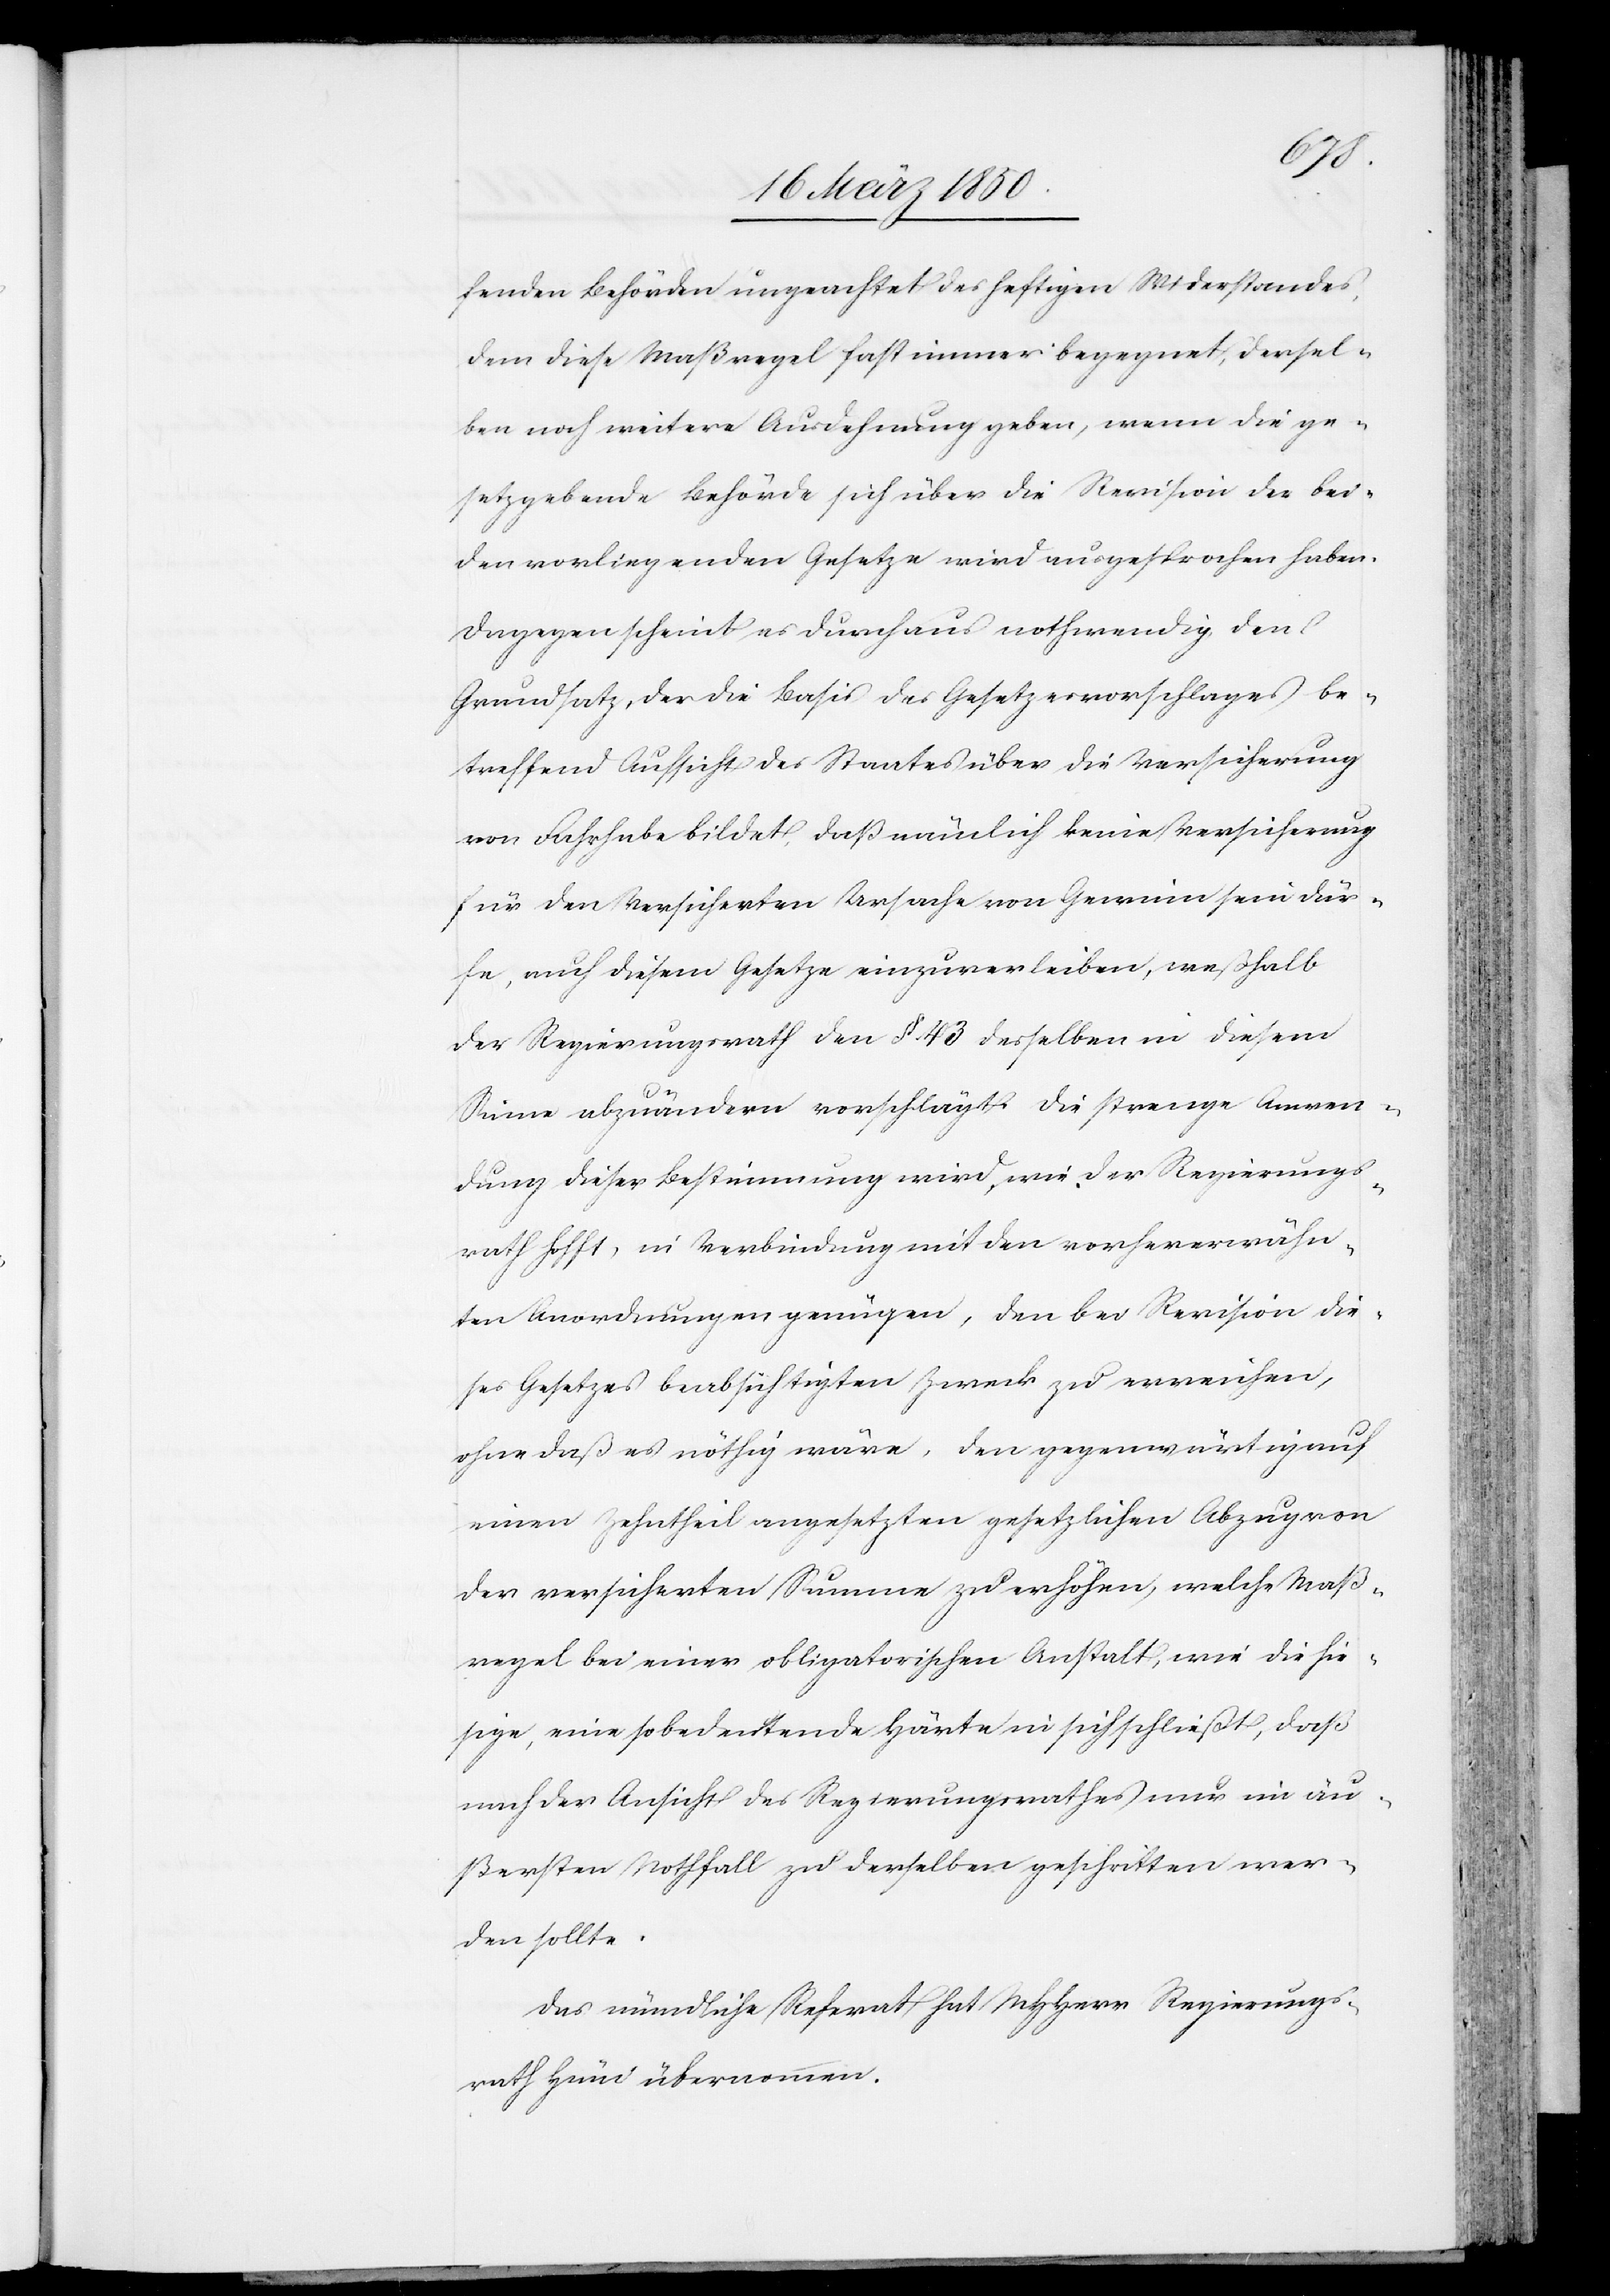
fenden Behörden ungeachtet des heftigen Widerstandes,
dem diese Maßregel fast immer begegnet, dersel¬
ben noch weitere Ausdehnung geben, wenn die ge¬
setzgebende Behörde sich über die Revision der bei¬
den vorliegenden Gesetze wird ausgesprochen haben.
Dagegen scheint es durchaus nothwendig, den
Grundsatz, der die Basis des Gesetzesvorschlages be¬
treffend Aufsicht des Staates über die Versicherung
von Fahrhabe bildet, daß nämlich keine Versicherung
für den Versicherten Ursache von Gewinn sein dür¬
fe, auch diesem Gesetze einzuverleiben, weßhalb
der Regierungsrath den § 43 desselben in diesem
Sinne abzuändern vorschlägt. Die strenge Anwen¬
dung dieser Bestimmung wird, wie der Regierungs¬
rath hofft, in Verbindung mit den vorhererwähn¬
ten Anordnungen genügen, den bei Revision die¬
ses Gesetzes beabsichtigten Zweck zu erreichen,
ohne daß es nöthig wäre, den gegenwärtigen
einen Zehntheil angesetzten gesetzlichen Abzug von
der versicherten Summe zu erhöhen, welche Maß¬
regel bei einer obligatorischen Anstalt, wie die hie¬
sige, eine so bedeutende Härte in sich schließt, daß
nach der Ansicht des Regierungsrathes nur im äu¬
ßersten Nothfall zu derselben geschritten wer¬
den sollte.
Das mündliche Referat hat MHHerr Regierungs¬
rath Hüni übernommen.